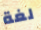
لغة